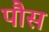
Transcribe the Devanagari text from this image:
पौस